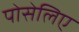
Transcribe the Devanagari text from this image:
पोसेलिए